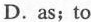
D. as；to